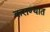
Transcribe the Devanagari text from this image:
कराण्यात